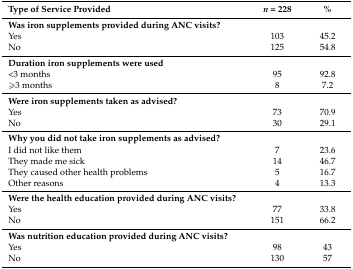
| Type of Service Provided | n = 228 | % |
 | --- | --- | --- |
 | Was iron supplements provided during ANC visits? |  |  |
 | Yes | 103 | 45.2 |
 | No | 125 | 54.8 |
 | Duration iron supplements were used |  |  |
 | <3 months | 95 | 92.8 |
 | ≥3 months | 8 | 7.2 |
 | Were iron supplements taken as advised? |  |  |
 | Yes | 73 | 70.9 |
 | No | 30 | 29.1 |
 | Why you did not take iron supplements as advised? |  |  |
 | I did not like them | 7 | 23.6 |
 | They made me sick | 14 | 46.7 |
 | They caused other health problems | 5 | 16.7 |
 | Other reasons | 4 | 13.3 |
 | Were the health education provided during ANC visits? |  |  |
 | Yes | 77 | 33.8 |
 | No | 151 | 66.2 |
 | Was nutrition education provided during ANC visits? |  |  |
 | Yes | 98 | 43 |
 | No | 130 | 57 |